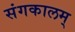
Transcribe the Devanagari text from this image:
संगकालम्